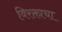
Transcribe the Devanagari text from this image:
विरक्ताचा